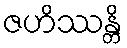
ဇဟိဿန္တိ